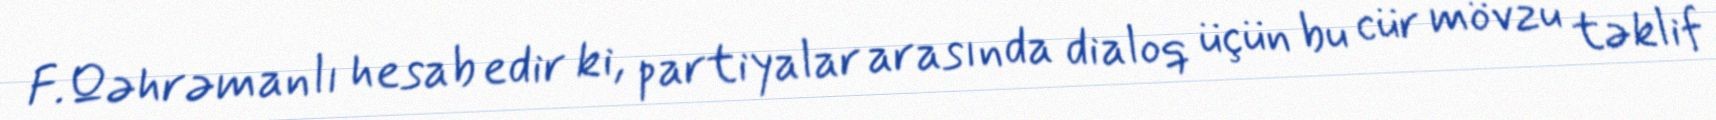
F.Qəhrəmanlı hesab edir ki, partiyalar arasında dialoq üçün bu cür mövzu təklif